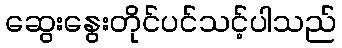
ဆွေးနွေးတိုင်ပင်သင့်ပါသည်